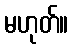
မဟုတ်။